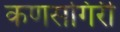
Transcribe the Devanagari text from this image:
कणसगिरी